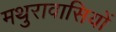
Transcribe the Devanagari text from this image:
मथुरावासियों